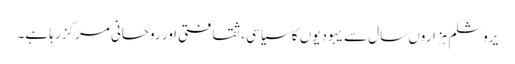
یروشلم ہزاروں سال سے یہودیوں کا سیاسی، ثقافتی اور روحانی مرکز رہا ہے۔